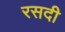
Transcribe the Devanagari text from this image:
रसदी